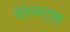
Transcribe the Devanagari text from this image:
पेरेस्न्ट्स